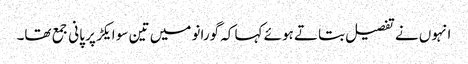
انہوں نے تفصیل بتاتے ہوئے کہا کہ گورانو میں تین سو ایکڑ پر پانی جمع تھا۔